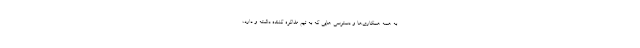
به همه همکاری‌ها و دسترسی هایی که به تیم مذاکره کننده داشته و دارد،